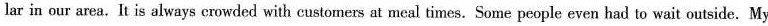
lar in our area. It is always crowded with customers at meal times. Some people even had to wait outside. My